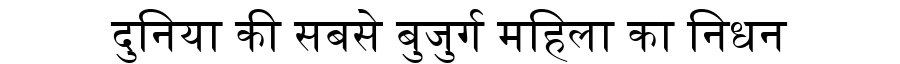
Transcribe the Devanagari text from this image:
दुनिया की सबसे बुजुर्ग महिला का निधन